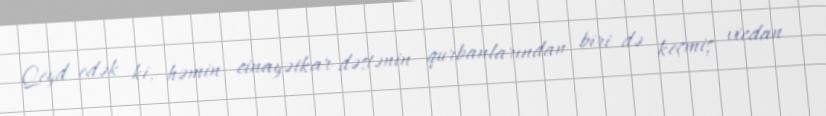
Qeyd edək ki, həmin cinayətkar dəstənin qurbanlarından biri də keçmiş vicdan